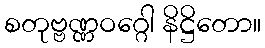
စတုဗ္ဗဏ္ဏဝဂ္ဂေါ နိဋ္ဌိတော။